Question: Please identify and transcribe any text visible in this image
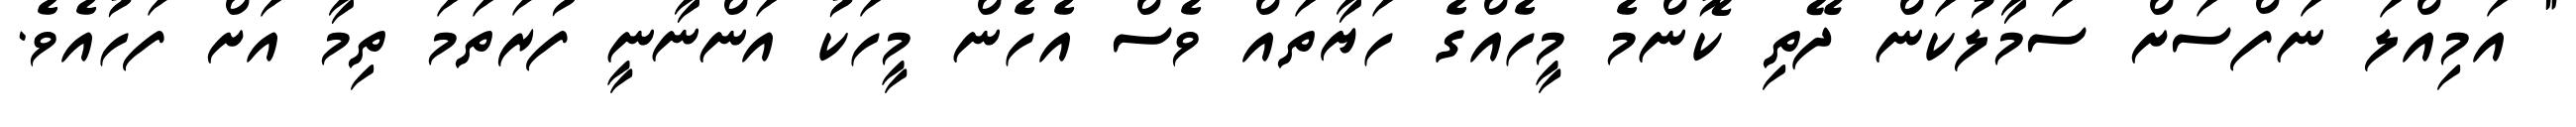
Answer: " އަމިއްލަ ނަފްސަށް ސަމާލުކަން ދޭތި ކޮންމެ މީހެއްގެ ހަޔާތައް ވެސް އެހެން މީހަކު އަންނާނީ ފުރަތަމަ ތިމާ އަށް ފަހުއެވެ.